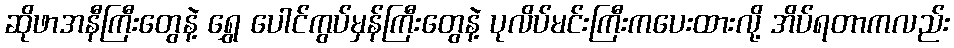
ဆိုဖာအနီကြီးတွေနဲ့ ရွှေ ပေါင်ကွပ်မှန်ကြီးတွေနဲ့ ပုလိပ်မင်းကြီးကပေးထားလို့ အိပ်ရတာကလည်း